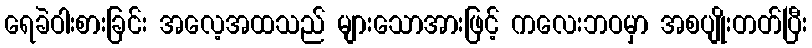
ရေခဲဝါးစားခြင်း အလေ့အထသည် များသောအားဖြင့် ကလေးဘဝမှာ အစပျိုးတတ်ပြီး